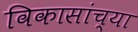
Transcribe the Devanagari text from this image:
विकासांच्या